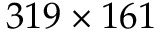
3 1 9 \times 1 6 1